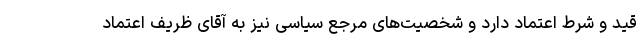
قید و شرط اعتماد دارد و شخصیت‌های مرجع سیاسی نیز به آقای ظریف اعتماد